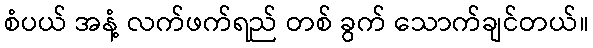
စံပယ် အနံ့ လက်ဖက်ရည် တစ် ခွက် သောက်ချင်တယ်။